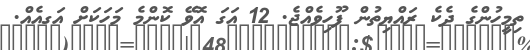
ތިމީހުންގެ ދެކެ ރައްޔިތުން ފޫހިވެއްޖެ. 12 އަގަ އޮވޭ ކޮންމެ މަހަކަށް އަގއެއް.